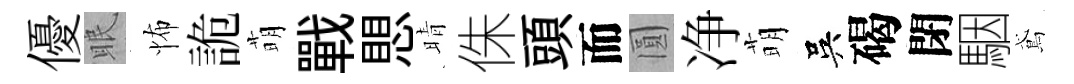
優眠怖詭萌戰愳晴侏頭而圓净萌吳碣閉駰鳶